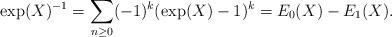
LaTeX: \begin{align*}\exp(X)^{-1} = \sum_{n \geq 0} (-1)^k (\exp(X)-1)^k = E_0(X) - E_1(X).\end{align*}